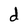
Character: d